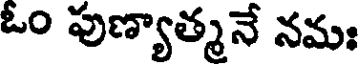
ఓం పుణ్యాత్మనే నమః